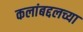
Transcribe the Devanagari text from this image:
कलांबद्दलच्या